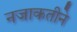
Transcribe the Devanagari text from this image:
नजाकतीने